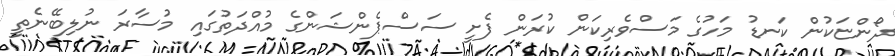
ދޯންޏަކުން ކަނޑު މަހުގެ މަސްވެރިކަން ކުރަން ފެށީ ސަސްޕެންޝަންގެ މުއްދަތުގައި މުސާރަ ނުލިބޭނެތީ